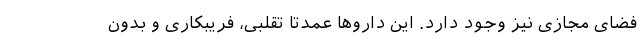
فضای مجازی نیز وجود دارد. این داروها عمدتا تقلبی، فریبکاری و بدون